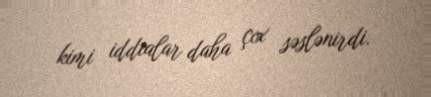
kimi iddialar daha çox səslənirdi.